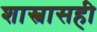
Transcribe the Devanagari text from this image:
शास्त्रासही